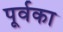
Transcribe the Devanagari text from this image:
पूर्वका